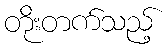
တိုးတက်သည့်